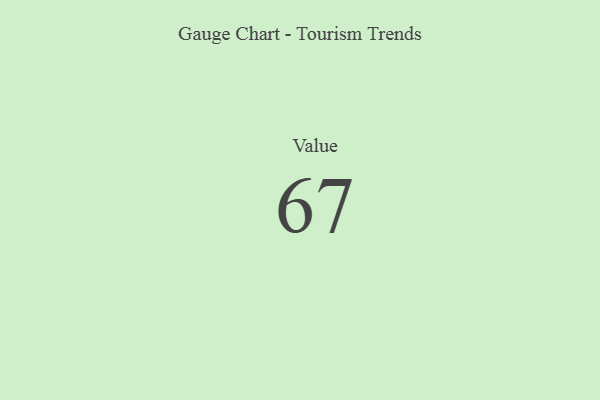
{"axis": {"x": "Metric", "y": "Value"}, "legend": [""], "data": [{"x": "Value", "y": 67, "type": ""}]}